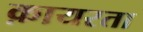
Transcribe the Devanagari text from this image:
क़ायरता